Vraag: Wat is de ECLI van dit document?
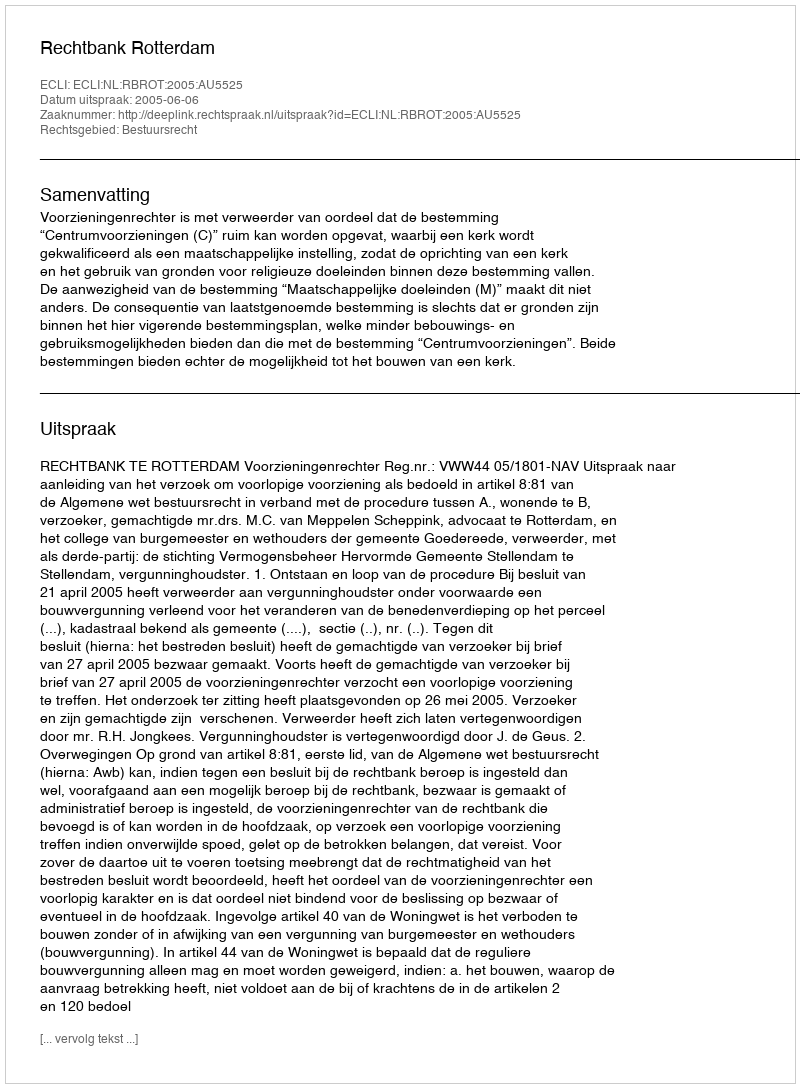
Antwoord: ECLI:NL:RBROT:2005:AU5525